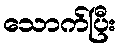
သောက်ပြီး